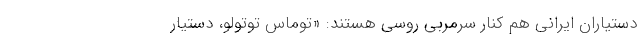
دستیاران ایرانی هم کنار سرمربی روسی هستند: «توماس توتولو، دستیار